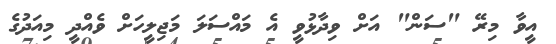
އީވާ މިރޭ "ސަން" އަށް ވިދާޅުވީ އެ މައްސަލަ މަޖިލީހަށް ވެއްދީ މިއަދުގެ